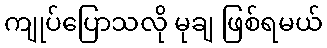
ကျုပ်ပြောသလို မုချ ဖြစ်ရမယ်